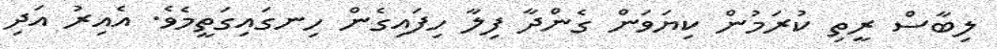
ލިބާސް ރީތި ކުރަމުން ކިޔަވަން ގެންދާ ފިލާ ހިފައިގެން ހިނގައިގަތީމެވެ. އެއިރު އަދި